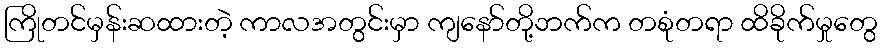
ကြိုတင်မှန်းဆထားတဲ့ ကာလအတွင်းမှာ ကျနော်တို့ဘက်က တစုံတရာ ထိခိုက်မှုတွေ